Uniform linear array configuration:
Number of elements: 8
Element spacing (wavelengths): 1
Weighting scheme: hann
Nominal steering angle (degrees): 0
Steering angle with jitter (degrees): -1.9
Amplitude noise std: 0.05
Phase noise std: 0.05

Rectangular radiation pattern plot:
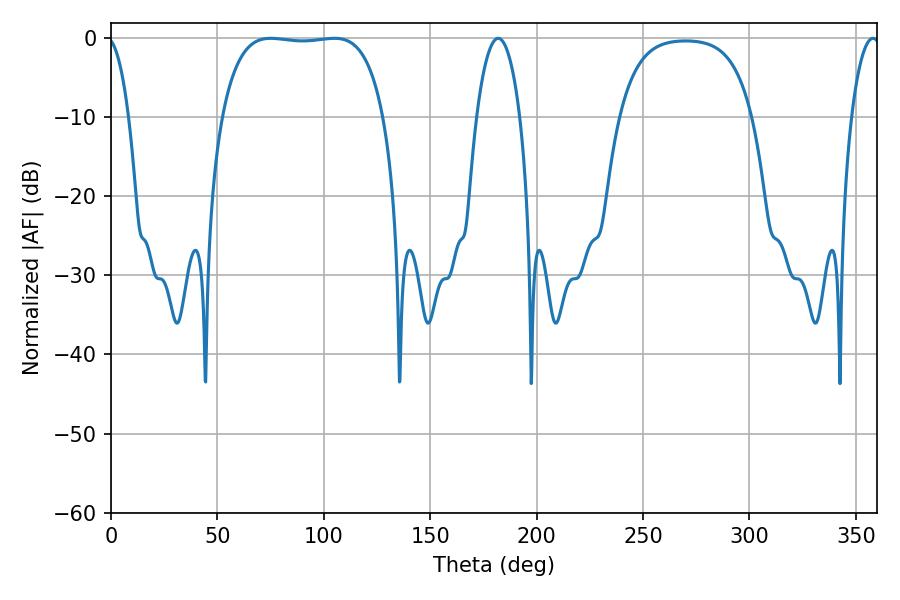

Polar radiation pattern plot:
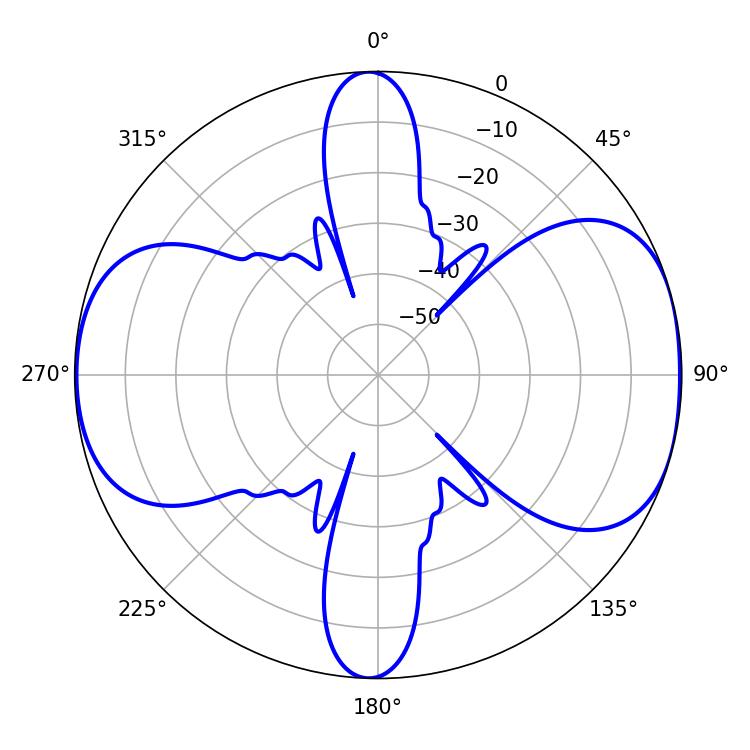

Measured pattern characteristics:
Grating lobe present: TRUE
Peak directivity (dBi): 8.457
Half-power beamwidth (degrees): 60.12
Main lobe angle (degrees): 75.06